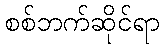
စစ်ဘက်ဆိုင်ရာ